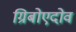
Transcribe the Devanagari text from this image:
ग्रिबोएदोव